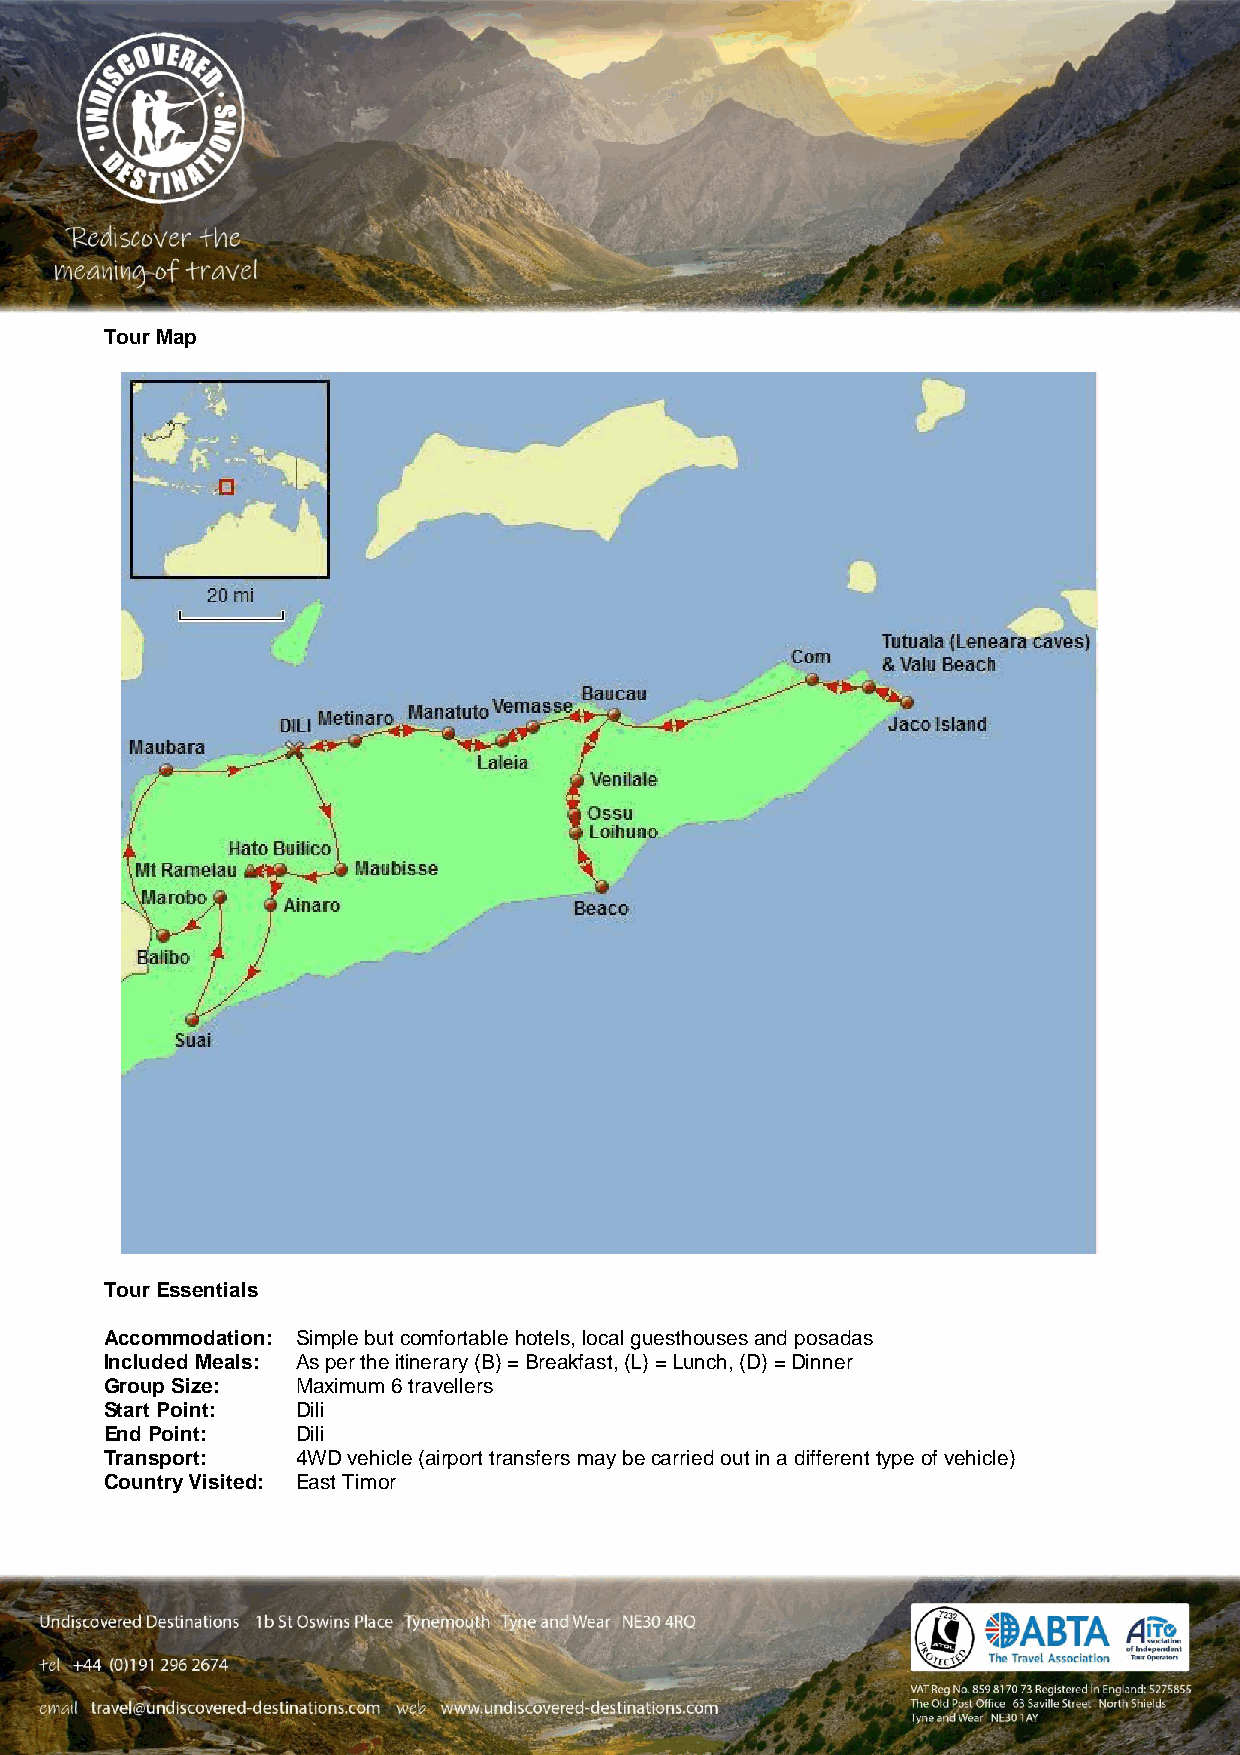
Tour Map
 Tour Essentials
 Accommodation: Simple but comfortable hotels, local guesthouses and posadas
 Included Meals: As per the itinerary (B) = Breakfast, (L) = Lunch, (D) = Dinner
 Group Size:  Maximum 6 travellers
 Start Point: Dili
 End Point:   Dili
 Transport:   4WD vehicle (airport transfers may be carried out in a different type of vehicle)
 Country Visited: East Timor